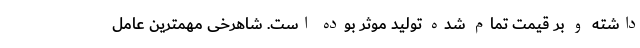
داشته و بر قیمت تمام شده تولید موثر بوده است. شاهرخی مهمترین عامل